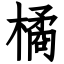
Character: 橘